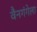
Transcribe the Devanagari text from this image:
वैनगंगेला